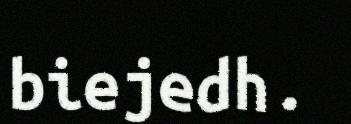
biejedh.